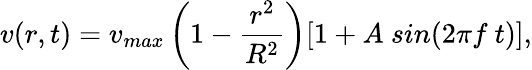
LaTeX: v(r,t)=v_{max}\left(1-\frac{r^{2}}{R^{2}}\right)[1+A\ sin(2\pi f\ t)],